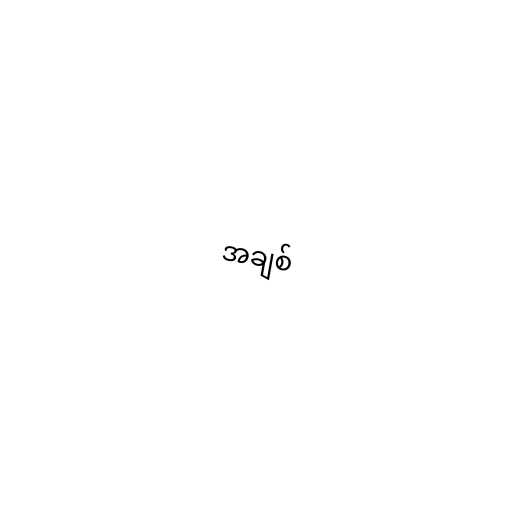
အချစ်